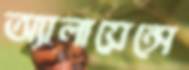
অ্যালায়েন্সে